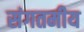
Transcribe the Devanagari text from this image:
संगतमीय